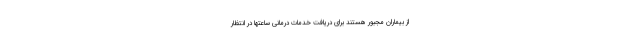
از بیماران مجبور هستند برای دریافت خدمات درمانی ساعتها در انتظار